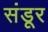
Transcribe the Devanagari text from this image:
संडूर